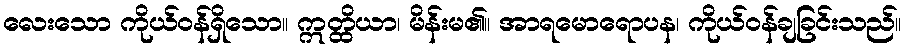
လေးသော ကိုယ်ဝန်ရှိသော။ ဣတ္ထိယာ၊ မိန်းမ၏။ အာရမောရောပန၊ ကိုယ်ဝန်ချခြင်းသည်။